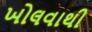
ખોલવાથી